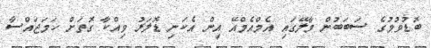
ބޮޑުވުމުގެ ސަބަބުން މާލޭގައި އެމްއެމްއޭ އިން އެކަނި ޑޮލަރު ވިއްކާ ގޮތަށް ހަމަޖައްސާ